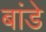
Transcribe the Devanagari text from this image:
बांडे